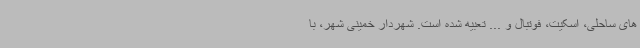
های ساحلی، اسکیت، فوتبال و ... تعبیه شده است. شهردار خمینی شهر، با